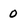
Character: 0